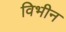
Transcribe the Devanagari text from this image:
विभीन